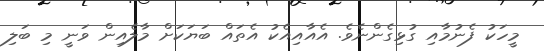
މީހަކު ފެނުމާއި ގުޅިގެންނެވެ. އެއާއިއެކު އެތައް ބަޔަކަށް މާލެއިން ވަނީ މި ބަލި